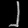
Digit: ၂